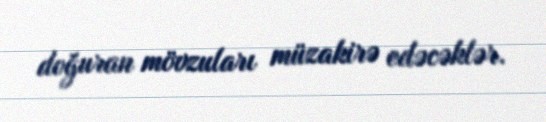
doğuran mövzuları müzakirə edəcəklər.